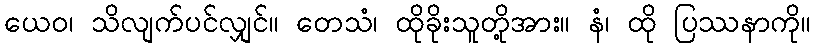
ယေဝ၊ သိလျက်ပင်လျှင်။ တေသံ၊ ထိုခိုးသူတို့အား။ နံ၊ ထို ပြဿနာကို။